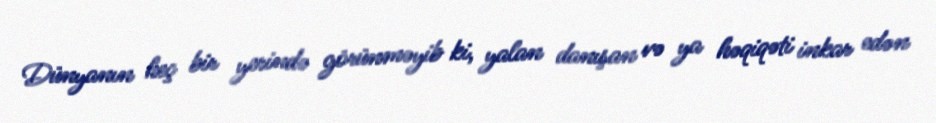
Dünyanın heç bir yerində görünməyib ki, yalan danışan və ya həqiqəti inkar edən